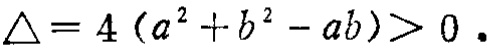
\(\triangle = 4 (a^{2}+b^{2}-ab)>0\)